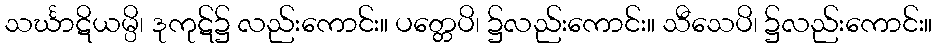
သင်္ဃာဋိယမ္ပိ၊ ဒုကုဋ်၌ လည်းကောင်း။ ပတ္တေပိ၊ ၌လည်းကောင်း။ သီသေပိ၊ ၌လည်းကောင်း။